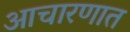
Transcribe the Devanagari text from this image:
आचारणात